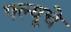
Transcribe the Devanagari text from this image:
फ्ल्यूचे